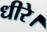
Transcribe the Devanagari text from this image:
धीरे।